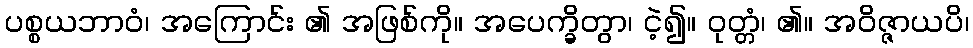
ပစ္စယဘာဝံ၊ အကြောင်း ၏ အဖြစ်ကို။ အပေက္ခိတွာ၊ ငဲ့၍။ ဝုတ္တံ၊ ၏။ အဝိဇ္ဇာယပိ၊